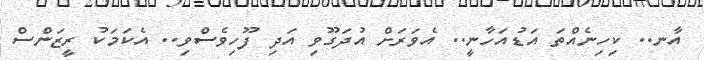
އާނ.. ކިހިނެއްތަ އަޑުއަހާނީ.. އެވަރަށް އުދަގޫވި އަދި ފޫހިވެސްވި.. އެކަމަކު ރީޒަންސް